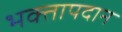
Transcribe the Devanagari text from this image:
भक्तापदान